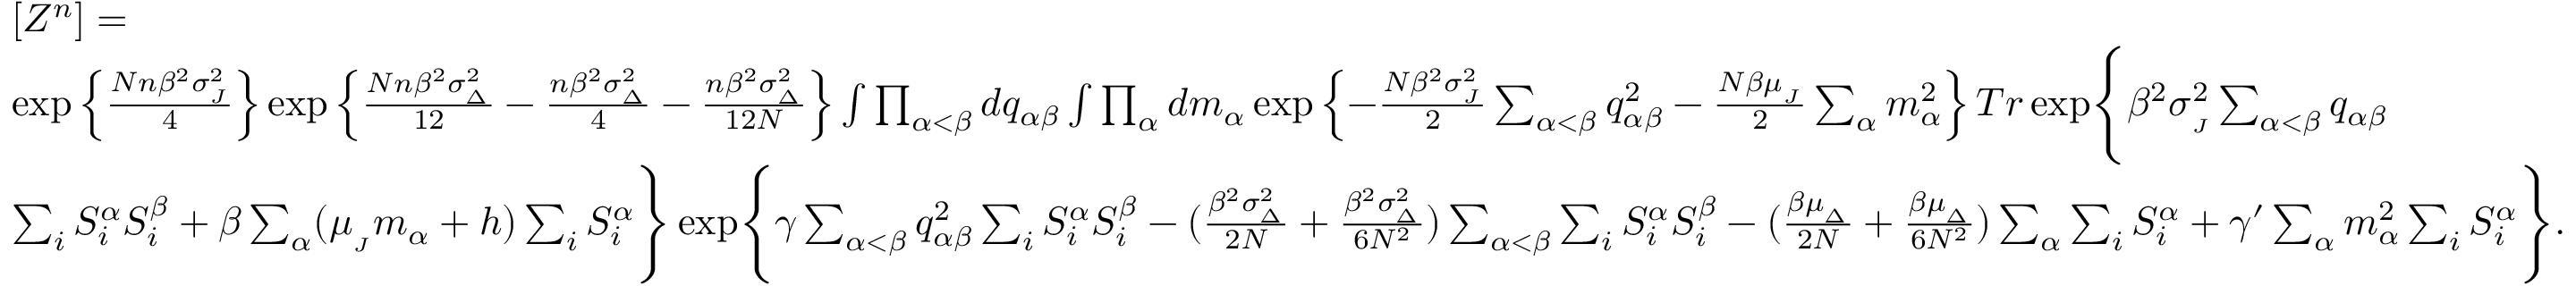
\begin{array} { r l } & { [ Z ^ { n } ] = } \\ & { \exp \left\{ \frac { N n \beta ^ { 2 } \sigma _ { _ { J } } ^ { 2 } } { 4 } \right\} \exp \left\{ \frac { N n \beta ^ { 2 } \sigma _ { _ { \Delta } } ^ { 2 } } { 1 2 } - \frac { n \beta ^ { 2 } \sigma _ { _ { \Delta } } ^ { 2 } } { 4 } - \frac { n \beta ^ { 2 } \sigma _ { _ { \Delta } } ^ { 2 } } { 1 2 N } \right\} \int \prod _ { \alpha < \beta } d q _ { \alpha \beta } \int \prod _ { \alpha } d m _ { \alpha } \exp \left\{ - \frac { N \beta ^ { 2 } \sigma _ { _ { J } } ^ { 2 } } { 2 } \sum _ { \alpha < \beta } q _ { \alpha \beta } ^ { 2 } - \frac { N \beta \mu _ { _ { J } } } { 2 } \sum _ { \alpha } m _ { \alpha } ^ { 2 } \right\} T r \exp \Biggl \{ \beta ^ { 2 } \sigma _ { _ { J } } ^ { 2 } \sum _ { \alpha < \beta } q _ { \alpha \beta } } \\ & { \sum _ { i } S _ { i } ^ { \alpha } S _ { i } ^ { \beta } + \beta \sum _ { \alpha } ( \mu _ { _ { J } } m _ { \alpha } + h ) \sum _ { i } S _ { i } ^ { \alpha } \Biggr \} \exp \Biggl \{ \gamma \sum _ { \alpha < \beta } q _ { \alpha \beta } ^ { 2 } \sum _ { i } S _ { i } ^ { \alpha } S _ { i } ^ { \beta } - ( \frac { \beta ^ { 2 } \sigma _ { _ { \Delta } } ^ { 2 } } { 2 N } + \frac { \beta ^ { 2 } \sigma _ { _ { \Delta } } ^ { 2 } } { 6 N ^ { 2 } } ) \sum _ { \alpha < \beta } \sum _ { i } S _ { i } ^ { \alpha } S _ { i } ^ { \beta } - ( \frac { \beta \mu _ { _ { \Delta } } } { 2 N } + \frac { \beta \mu _ { _ { \Delta } } } { 6 N ^ { 2 } } ) \sum _ { \alpha } \sum _ { i } S _ { i } ^ { \alpha } + \gamma ^ { \prime } \sum _ { \alpha } m _ { \alpha } ^ { 2 } \sum _ { i } S _ { i } ^ { \alpha } \Biggr \} . } \end{array}